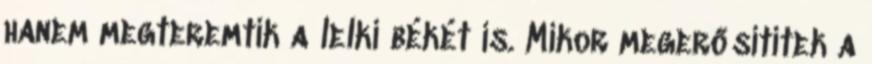
hanem megteremtik a lelki békét is. Mikor megerősítitek a